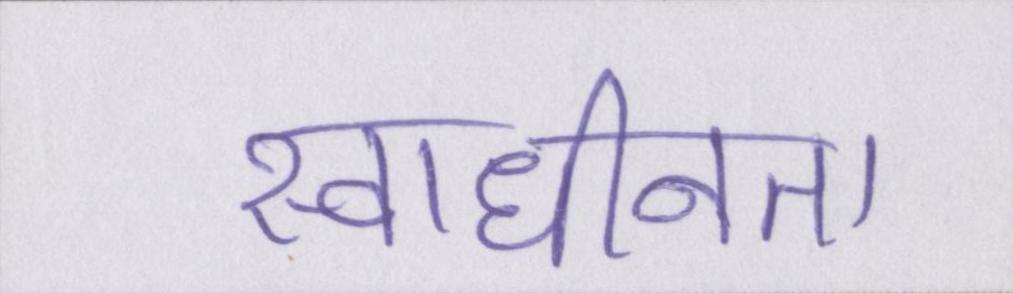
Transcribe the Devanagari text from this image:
स्वाधीनता